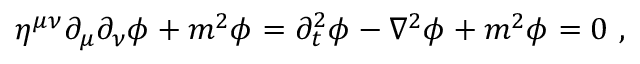
\eta ^ { \mu \nu } \partial _ { \mu } \partial _ { \nu } \phi + m ^ { 2 } \phi = \partial _ { t } ^ { 2 } \phi - \nabla ^ { 2 } \phi + m ^ { 2 } \phi = 0 ~ ,